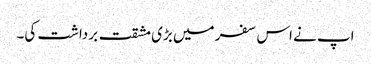
اپ نے اس سفر میں بڑی مشقت برداشت کی۔